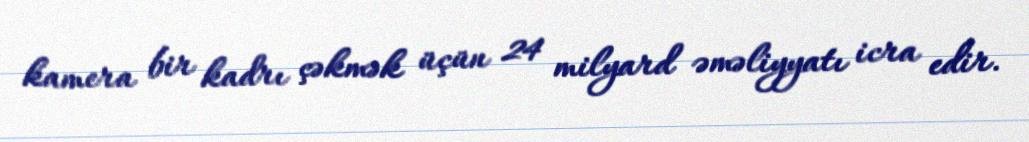
kamera bir kadrı çəkmək üçün 24 milyard əməliyyatı icra edir.